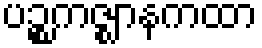
ပဉ္စကဇ္ဈာနကထာ